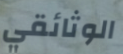
الوثائقي